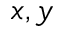
x , y